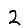
Digit: 2